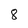
Character: 8